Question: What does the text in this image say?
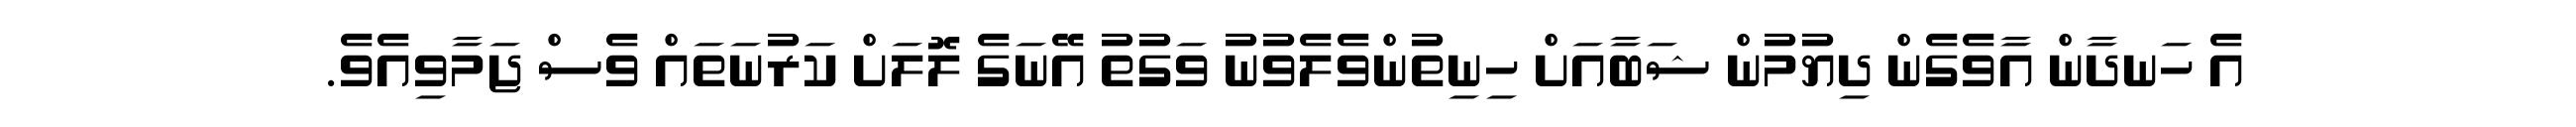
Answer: އެ ހަނދާން އާވެގެން ދިޔުމުން ޝަބާއަށް ހިނިތުންވެލެވުނު ވަގުތު އޭނަގެ ލޮލަށް ކަރުނަތައް ވެސް ޖަމާވިއެވެ.